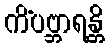
ကိံပဗ္ဘာရန္တိ